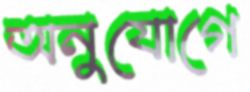
অনুযোগে